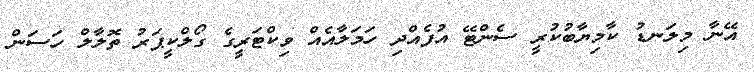
އޭނާ މިލަނޑު ކާމިޔާބުކުރީ ސެންޓޭ އުފެއްދި ހަމަލާއެއް ވިކްޓަރީގެ ގޯލްކީޕަރު ތޮލާލް ހަސަން